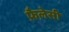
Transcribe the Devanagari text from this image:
फ़ैलेसी